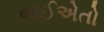
જઈએતો